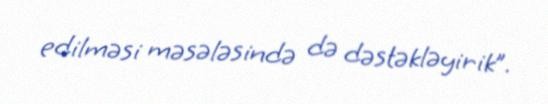
edilməsi məsələsində də dəstəkləyirik”.